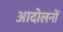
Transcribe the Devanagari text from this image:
आदोलनों